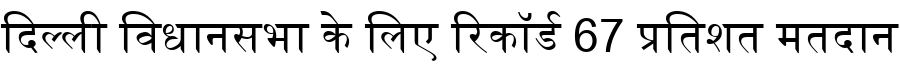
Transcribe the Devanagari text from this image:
दिल्ली विधानसभा के लिए रिकॉर्ड 67 प्रतिशत मतदान